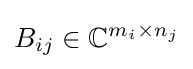
B_{ij}\in \mathbb {C} ^{m_{i}\times n_{j}}